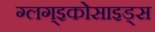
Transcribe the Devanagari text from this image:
ग्लग्इकोसाइड्स